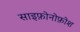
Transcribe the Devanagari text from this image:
साइफ़ोनोफ़ोश